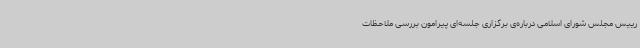
رییس مجلس شورای اسلامی درباره‌ی برگزاری جلسه‌ای پیرامون بررسی ملاحظات